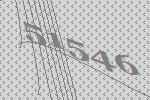
51546